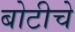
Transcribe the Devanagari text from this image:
बोटीचे